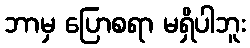
ဘာမှ ပြောစရာ မရှိပါဘူး